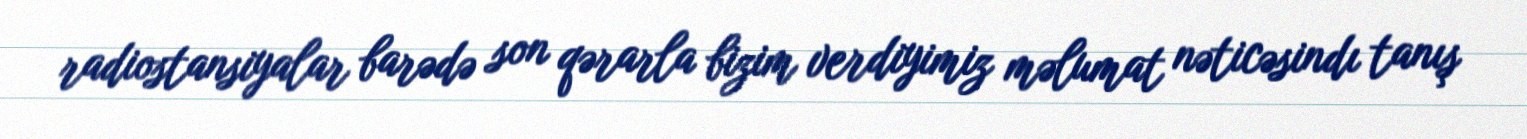
radiostansiyalar barədə son qərarla bizim verdiyimiz məlumat nəticəsindı tanış